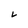
Character: L